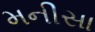
મનીસા